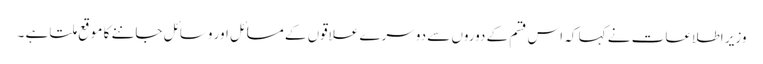
وزیر اطلاعات نے کہا کہ اس قسم کے دوروں سے دوسرے علاقوں کے مسائل اور وسائل جاننے کا موقع ملتا ہے ۔